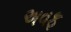
અવફ